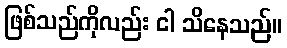
ဖြစ်သည်ကိုလည်း ငါ သိနေသည်။